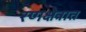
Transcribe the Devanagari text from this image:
रणक्षेत्रात